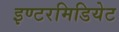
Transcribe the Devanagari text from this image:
इण्टरमिडियेट